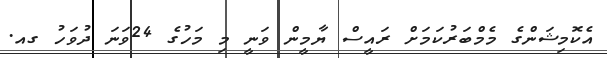
އެކޮމިޝަންގެ މެމްބަރުކަމަށް ރައީސް ޔާމީން ވަނީ މި މަހުގެ 24ވަނަ ދުވަހު ގއ.